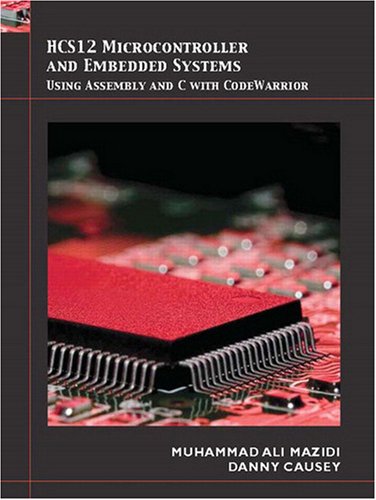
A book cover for HCS12 Microcontrollers and Embedded Systems; Muhammad Ali Mazidi; Computers & Technology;